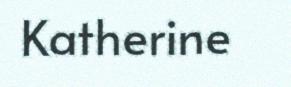
Katherine